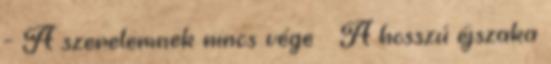
- A szerelemnek nincs vége ♥ A hosszú éjszaka